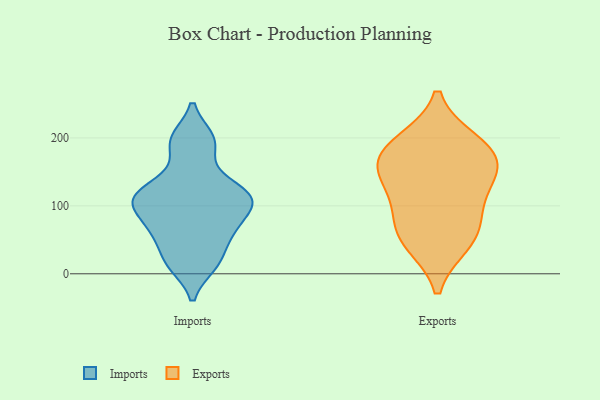
{"axis": {"x": "Churn Rate (%)", "y": "Value"}, "legend": ["Exports", "Imports"], "data": [{"x": "", "y": 13, "type": "Imports"}, {"x": "", "y": 196, "type": "Imports"}, {"x": "", "y": 63, "type": "Imports"}, {"x": "", "y": 109, "type": "Imports"}, {"x": "", "y": 196, "type": "Imports"}, {"x": "", "y": 157, "type": "Imports"}, {"x": "", "y": 103, "type": "Imports"}, {"x": "", "y": 122, "type": "Imports"}, {"x": "", "y": 199, "type": "Imports"}, {"x": "", "y": 109, "type": "Imports"}, {"x": "", "y": 62, "type": "Imports"}, {"x": "", "y": 14, "type": "Imports"}, {"x": "", "y": 18, "type": "Imports"}, {"x": "", "y": 124, "type": "Imports"}, {"x": "", "y": 45, "type": "Imports"}, {"x": "", "y": 120, "type": "Imports"}, {"x": "", "y": 70, "type": "Imports"}, {"x": "", "y": 111, "type": "Imports"}, {"x": "", "y": 80, "type": "Imports"}, {"x": "", "y": 100, "type": "Imports"}, {"x": "", "y": 194, "type": "Exports"}, {"x": "", "y": 47, "type": "Exports"}, {"x": "", "y": 168, "type": "Exports"}, {"x": "", "y": 156, "type": "Exports"}, {"x": "", "y": 71, "type": "Exports"}, {"x": "", "y": 44, "type": "Exports"}, {"x": "", "y": 120, "type": "Exports"}, {"x": "", "y": 166, "type": "Exports"}, {"x": "", "y": 90, "type": "Exports"}, {"x": "", "y": 195, "type": "Exports"}, {"x": "", "y": 139, "type": "Exports"}]}